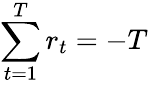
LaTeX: \sum_{t=1}^{T}r_{t}=-T